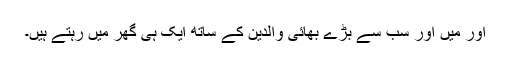
اور میں اور سب سے بڑے بھائی والدین کے ساتھ ایک ہی گھر میں رہتے ہیں۔